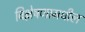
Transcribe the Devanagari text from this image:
विश्लेषणामधील